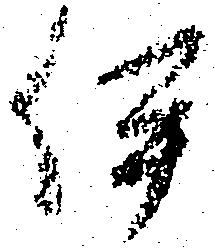
伊